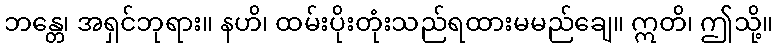
ဘန္တေ၊ အရှင်ဘုရား။ နဟိ၊ ထမ်းပိုးတုံးသည်ရထားမမည်ချေ။ ဣတိ၊ ဤသို့။